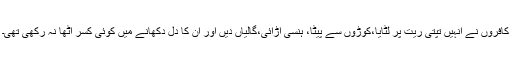
کافروں نے انہیں تپتی ریت پر لٹایا،کوڑوں سے پیٹا، ہنسی اڑائی،گالیاں دیں اور ان کا دل دکھانے میں کوئی کسر اٹھا نہ رکھی تھی۔